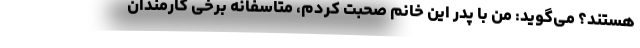
هستند؟ می‌گوید: من با پدر این خانم صحبت کردم، متاسفانه برخی کارمندان